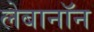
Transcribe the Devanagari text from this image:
लेबानॉन